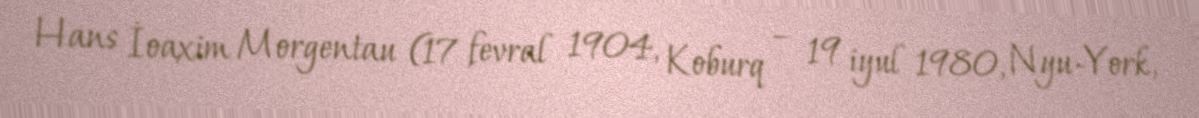
Hans İoaxim Morgentau (17 fevral 1904, Koburq – 19 iyul 1980, Nyu-York,